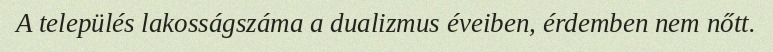
A település lakosságszáma a dualizmus éveiben, érdemben nem nőtt.